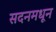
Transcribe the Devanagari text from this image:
सदनमधून